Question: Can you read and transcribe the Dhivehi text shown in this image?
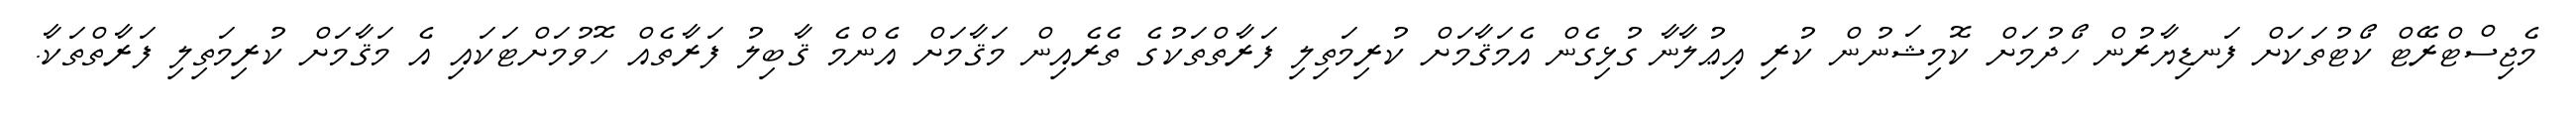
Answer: މެޖިސްޓްރޭޓް ކޯޓުތަކަށް ފަނޑިޔާރުން ހޯދުމަށް ކޮމިޝަނުން ކުރި އިޢުލާނާ ގުޅިގެން އެމަޤާމަށް ކުރިމަތިލި ފަރާތްތަކުގެ ތެރެއިން މަޤާމަށް އެންމެ ޤާބިލު ފަރާތެއް ހޮވުމަށްޓަކައި އެ މަޤާމަށް ކުރިމަތިލި ފަރާތްތަކާ.